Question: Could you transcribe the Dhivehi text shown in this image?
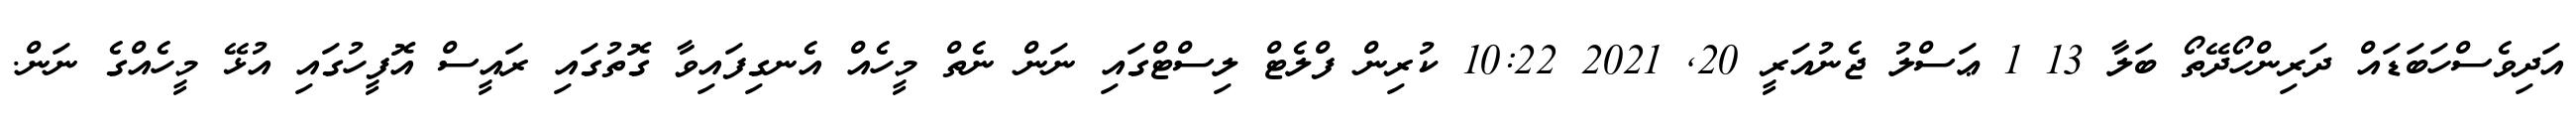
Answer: އަދިވެސްހަބަޑައް ދަރިންހޯދޭތޯ ބަލާ 13 1 ޢަސްލު ޖެނުއަރީ 20, 2021 10:22 ކުރިން ފްލެޓް ލިސްޓްގައި ނަން ނެތް މީހެއް އެނގިފައިވާ ގޮތުގައި ރައީސް އޮފީހުގައި އުޅޭ މީހެއްގެ ނަން.